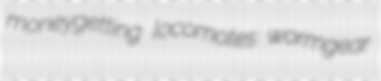
moneygetting locomotes wormgear